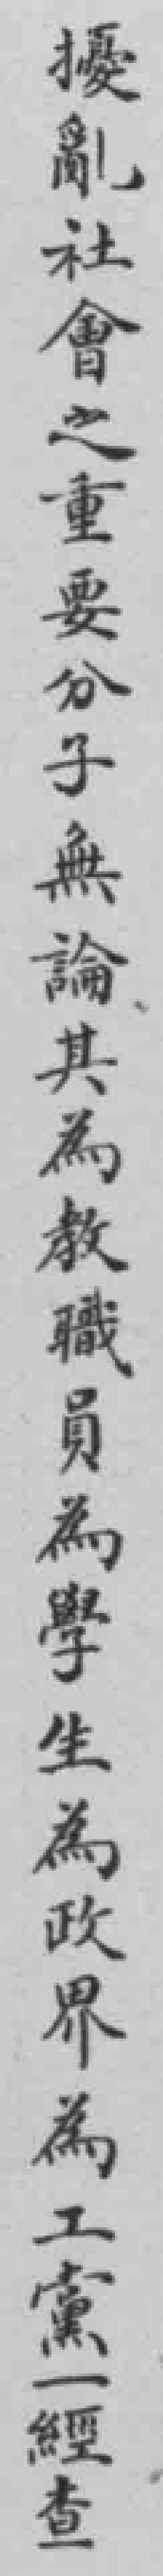
擾亂社會之重要分子無論其為教職員為學生為政界為工黨一經查